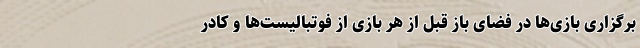
برگزاری بازی‌ها در فضای باز قبل از هر بازی از فوتبالیست‌ها و کادر